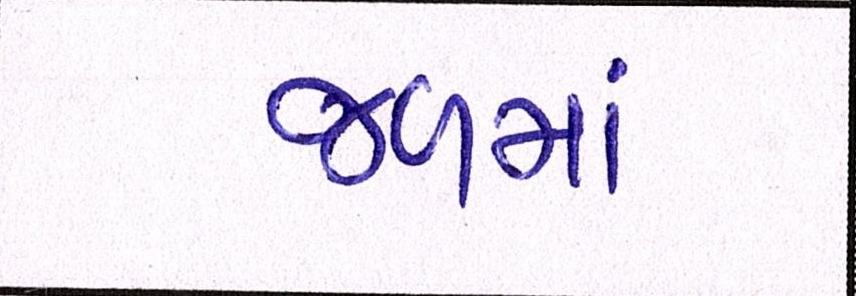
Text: જળમાં